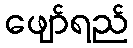
ဖျော်ရည်